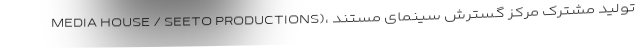
MEDIA HOUSE / SEETO PRODUCTIONS)، تولید مشترک مرکز گسترش سینمای مستند